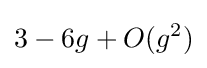
3-6g+O(g^{2})